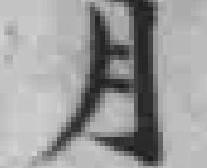
月